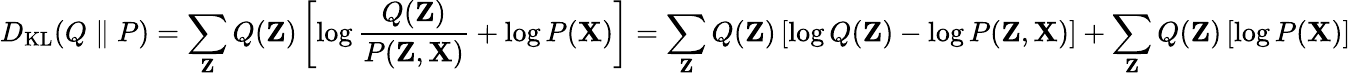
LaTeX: D_{\mathrm{KL}}(Q\parallel P)=\sum_{\mathbf{Z}}Q(\mathbf{Z})\left[\log{\frac{Q(\mathbf{Z})}{P(\mathbf{Z},\mathbf{X})}}+\log P(\mathbf{X})\right]=\sum_{\mathbf{Z}}Q(\mathbf{Z})\left[\log Q(\mathbf{Z})-\log P(\mathbf{Z},\mathbf{X})\right]+\sum_{\mathbf{Z}}Q(\mathbf{Z})\left[\log P(\mathbf{X})\right]